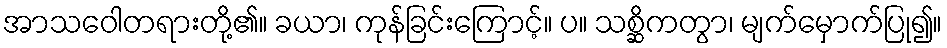
အာသဝေါတရားတို့၏။ ခယာ၊ ကုန်ခြင်းကြောင့်။ ပ။ သစ္ဆိကတွာ၊ မျက်မှောက်ပြု၍။